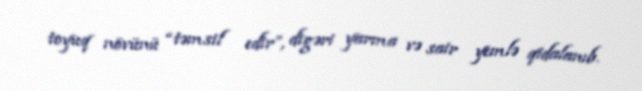
toyuq növünü “təmsil edir”, digəri yarma və sair yemlə qidalanıb.